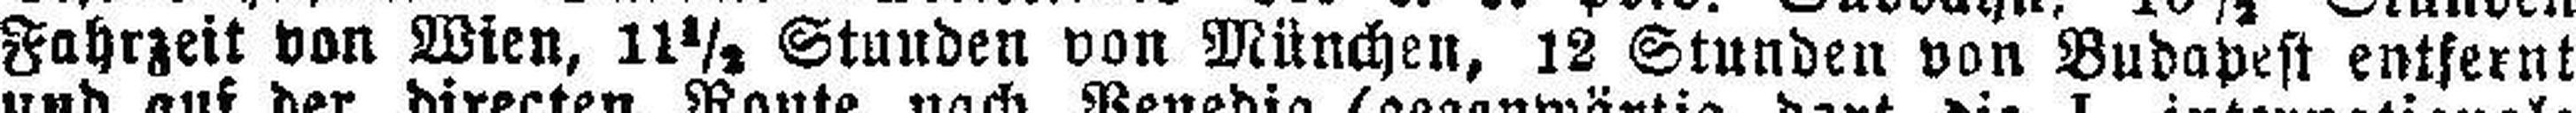
Fahrzeit von Wien, 11½ Stunden von München, 12 Stunden von Budapest entfernt